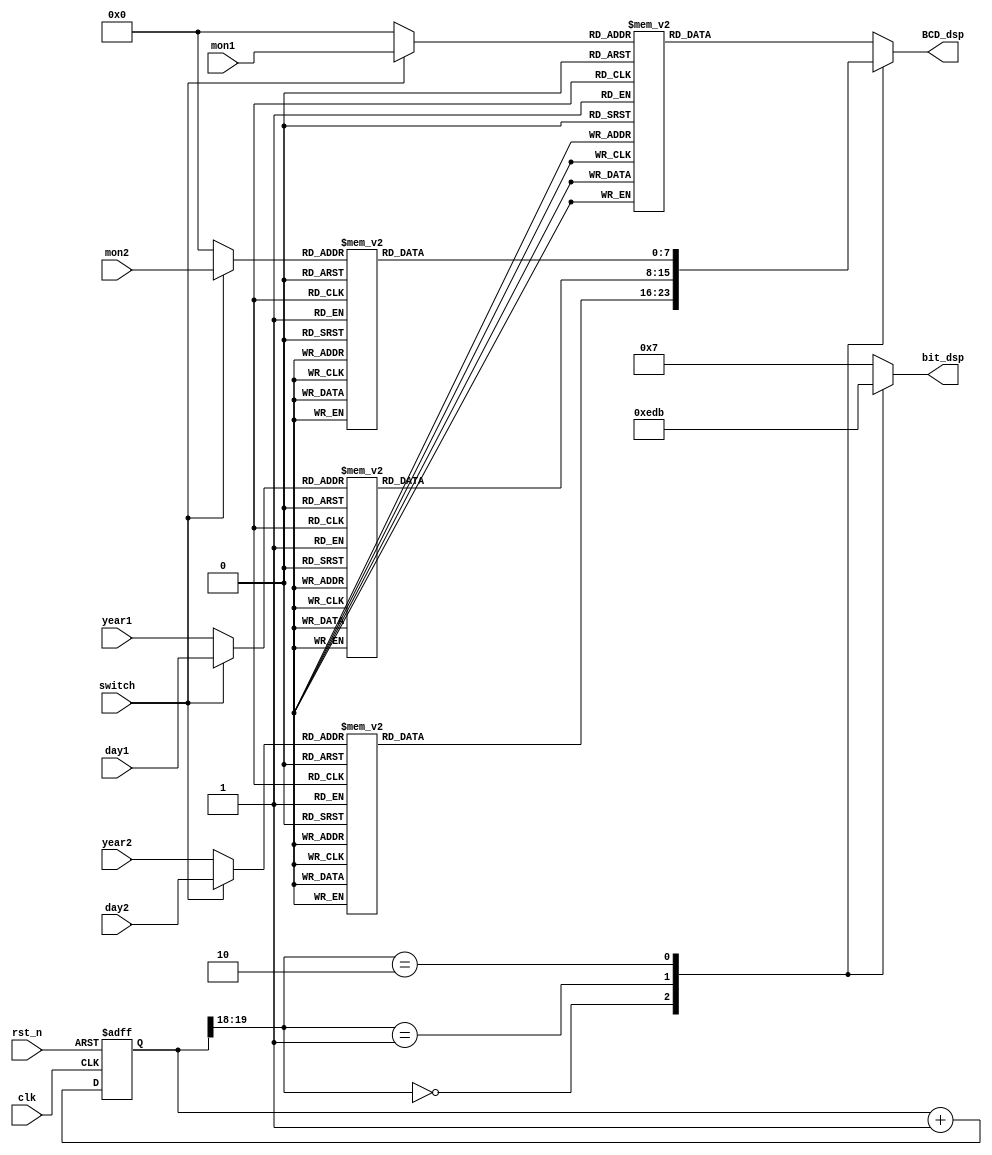
`timescale 1ns / 1ps
//////////////////////////////////////////////////////////////////////////////////
// Company: 
// Engineer: 
// 
// Design Name: 
// Module Name: lab6_1_dis
// Project Name: 
// Target Devices: 
// Tool Versions: 
// Description: 
// 
// Dependencies: 
// 
// Revision:
// Revision 0.01 - File Created
// Additional Comments:
// 
//////////////////////////////////////////////////////////////////////////////////
`define zero 4'b0000
`define SS_0 8'b00000011
`define SS_1 8'b10011111
`define SS_2 8'b00100101
`define SS_3 8'b00001101
`define SS_4 8'b10011001
`define SS_5 8'b01001001
`define SS_6 8'b01000001
`define SS_7 8'b00011111
`define SS_8 8'b00000001
`define SS_9 8'b00001001
`define SS_F 8'b01110001

module lab6_2_2dis(
clk,
rst_n,
switch,
mon1,mon2,day1,day2,year1,year2,
BCD_dsp,
bit_dsp
);
input clk; 
input rst_n;
input switch;
input [3:0] mon1,mon2,day1,day2,year1,year2;
output reg [7:0] BCD_dsp;
output reg [3:0] bit_dsp;
reg c_tmp;
reg [19:0] cnt,cnt_tmp;
wire [1:0] cl;
reg [7:0] A,B,C,D;
reg [3:0] a,b,c,d;


always@*
case(switch)
1'd0:  begin
a = `zero;
b = `zero;
c = year1;
d = year2;
end
default: begin
a = mon1;
b = mon2;
c = day1;
d = day2;
end
endcase


always @*
case (a)
4'd0: A = `SS_0;
4'd1: A = `SS_1;
4'd2: A = `SS_2;
4'd3: A = `SS_3;
4'd4: A = `SS_4;
4'd5: A = `SS_5;
4'd6: A = `SS_6;
4'd7: A = `SS_7;
4'd8: A = `SS_8;
4'd9: A = `SS_9;
default: A = `SS_F;
endcase

always @*
case (b)
4'd0: B = `SS_0;
4'd1: B = `SS_1;
4'd2: B = `SS_2;
4'd3: B = `SS_3;
4'd4: B = `SS_4;
4'd5: B = `SS_5;
4'd6: B = `SS_6;
4'd7: B = `SS_7;
4'd8: B = `SS_8;
4'd9: B = `SS_9;
default: B = `SS_F;
endcase

always @*
case (c)
4'd0: C = `SS_0;
4'd1: C = `SS_1;
4'd2: C = `SS_2;
4'd3: C = `SS_3;
4'd4: C = `SS_4;
4'd5: C = `SS_5;
4'd6: C = `SS_6;
4'd7: C = `SS_7;
4'd8: C = `SS_8;
4'd9: C = `SS_9;
default: C = `SS_F;
endcase

always @*
case (d)
4'd0: D = `SS_0;
4'd1: D = `SS_1;
4'd2: D = `SS_2;
4'd3: D = `SS_3;
4'd4: D = `SS_4;
4'd5: D = `SS_5;
4'd6: D = `SS_6;
4'd7: D = `SS_7;
4'd8: D = `SS_8;
4'd9: D = `SS_9;
default: D = `SS_F;
endcase




always @*
cnt_tmp = cnt+1;

always @(posedge clk or negedge rst_n)
if (~rst_n) cnt <= 20'b0;
else cnt <= cnt_tmp;

assign cl= cnt[19:18];

always @*
case(cl)
2'd0: BCD_dsp = D;
2'd1: BCD_dsp = C;
2'd2: BCD_dsp = B;
default: BCD_dsp = A;
endcase

always @*
case(cl)
2'd0: bit_dsp = 4'b1110;
2'd1: bit_dsp = 4'b1101;
2'd2: bit_dsp = 4'b1011;
default: bit_dsp = 4'b0111;
endcase


endmodule